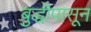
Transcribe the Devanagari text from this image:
बुद्धीपासून